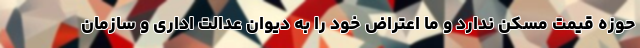
حوزه قیمت مسکن ندارد و ما اعتراض خود را به دیوان عدالت اداری و سازمان